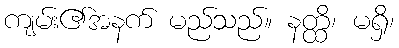
ကျမ်း၏အနက် မည်သည်။ နတ္ထိ၊ မရှိ၊